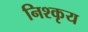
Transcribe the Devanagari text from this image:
निश्कृय